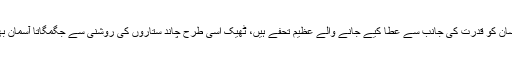
…. جس طرح سورج کی روشنی، بارش کا پانی، ندی، تالاب، درخت، آبشاروغیرہ انسان کو قدرت کی جانب سے عطا کیے جانے والے عظیم تحفے ہیں، ٹھیک اُسی طرح چاند ستاروں کی روشنی سے جگمگاتا آسمان بھی ایک قدرتی تحفہ ہے، جسے موجودہ دور کے طرز ِ زندگی نے شدید متاثر کیا ہے۔